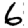
Digit: 6